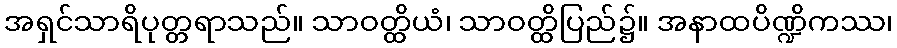
အရှင်သာရိပုတ္တရာသည်။ သာဝတ္ထိယံ၊ သာဝတ္ထိပြည်၌။ အနာထပိဏ္ဍိကဿ၊